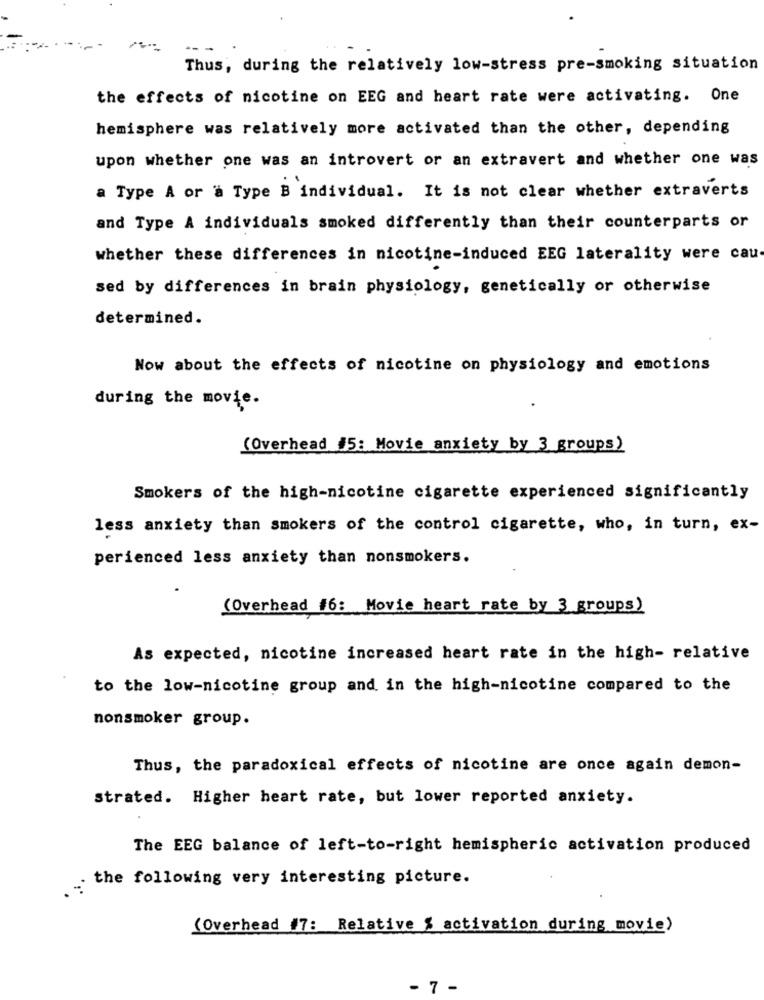
Thus, during the relatively low-stress pre-smoking situation
the effects of nicotine on EEG and heart rate were activating. One
hemisphere was relatively more activated than the other, depending
upon whether one was an introvert or an extravert and whether one was
a Type A or a Type B individual. It is not clear whether extraverts
and Type A individuals smoked differently than their counterparts or
whether these differences in nicotine-induced EEG laterality were cau
sed by differences in brain physiology, genetically or otherwise
determined.
Now about the effects of nicotine on physiology and emotions
during the movie.
(Overhead #5: Movie anxiety by 3 groups)
Smokers of the high-nicotine cigarette experienced significantly
less anxiety than smokers of the control cigarette, who, in turn, ex-
perienced less anxiety than nonsmokers.
(Overhead #6: Movie heart rate by 3 groups)
As expected, nicotine increased heart rate in the high- relative
to the low-nicotine group and in the high-nicotine compared to the
nonsmoker group.
Thus, the paradoxical effects of nicotine are once again demon-
strated. Higher heart rate, but lower reported anxiety.
The EEG balance of left-to-right hemispheric activation produced
the following very interesting picture.
(Overhead #7: Relative % activation during movie)
- 7 -